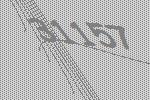
31157